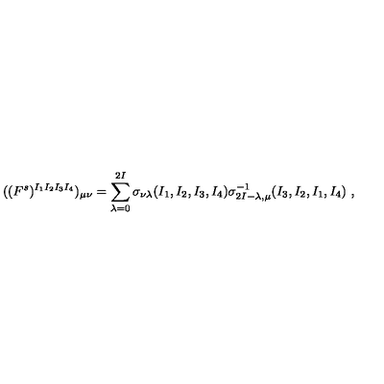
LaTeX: ( ( F ^ { s } ) ^ { I _ { 1 } I _ { 2 } I _ { 3 } I _ { 4 } } ) _ { \mu \nu } = \sum _ { \lambda = 0 } ^ { 2 I } \sigma _ { \nu \lambda } ( I _ { 1 } , I _ { 2 } , I _ { 3 } , I _ { 4 } ) \sigma _ { 2 I - \lambda , \mu } ^ { - 1 } ( I _ { 3 } , I _ { 2 } , I _ { 1 } , I _ { 4 } ) \ ,